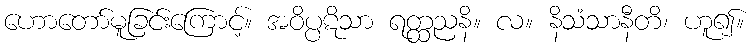
ဟောတော်မူခြင်းကြောင့်။ အဝိပ္ပဋိသာ ရတ္ထညနိ။ လ။ နိသံသာနီတိ၊ ဟူ၍။